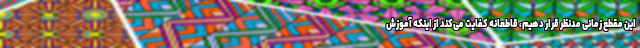
این مقطع زمانی مدنظر قرار دهیم، قاطعانه کفایت می‌کند از اینکه آموزش